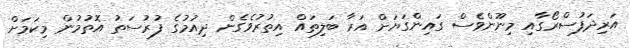
އަރިދަފުސްރޯގާއި މިނޫންވެސް ގައިންގަޔަށް އަރާ ބަލިތައް އިތުރުވެގެން ދިއުމުގެ ފުރުސަތު އޮތުމުން މިކަމަށް